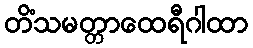
တိံသမတ္တာထေရီဂါထာ